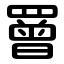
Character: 罾